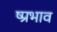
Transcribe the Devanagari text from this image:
ष्प्रभाव